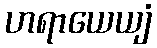
ဟရာယေယျံ